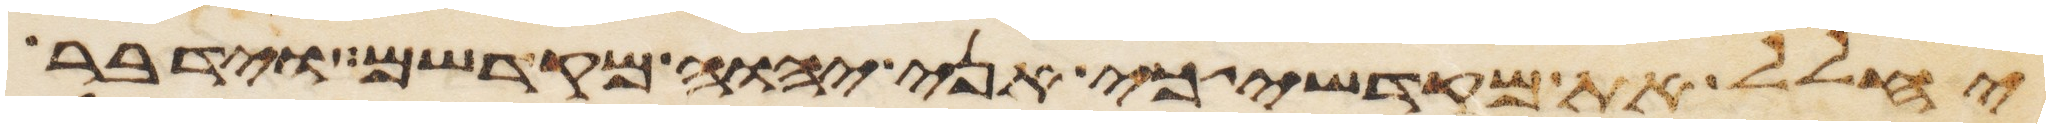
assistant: יחלל את מקדשי כי אני יהוה מקדשם וידבר